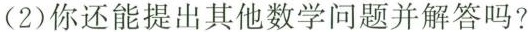
(2)你还能提出其他数学问题并解答吗?